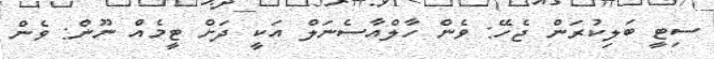
ސިޓީ ބަލިކުރަން ޖެހޭ: ވެން ހާލްއާސެނަލް އަކީ ދަށް ޓީމެއް ނޫން: ވެން